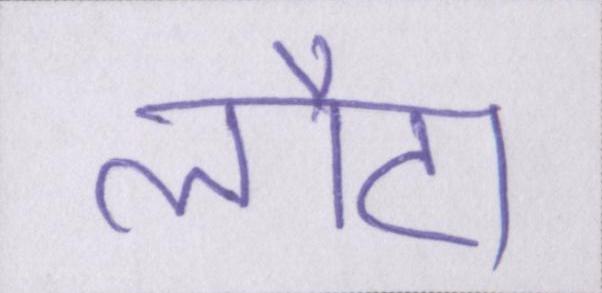
लौटा